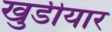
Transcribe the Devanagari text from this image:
खुडीयार